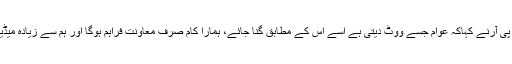
ایک اور سوال کے جواب میں ڈی جی آئی ایس پی آرنے کہاکہ عوام جسے ووٹ دیتی ہے اسے اس کے مطابق گنا جائے، ہمارا کام صرف معاونت فراہم ہوگا اور ہم سے زیادہ میڈیا صاف شفاف انتخابات کو فروغ دے سکتا ہے۔